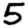
Digit: 5